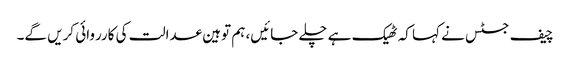
چیف جسٹس نے کہا کہ ٹھیک ہے چلے جائیں، ہم توہین عدالت کی کارروائی کریں گے۔